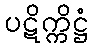
ပဋိက္ကိဋ္ဌံ